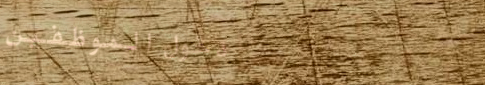
دخول الموظفين